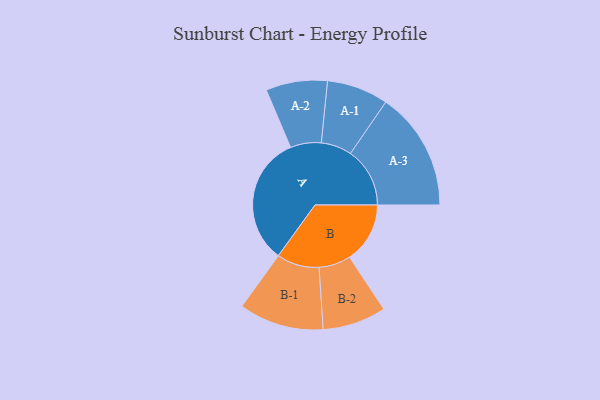
{"axis": {"x": "Segment", "y": "Value"}, "legend": ["", "A", "B"], "data": [{"x": "A", "y": 489, "type": ""}, {"x": "B", "y": 228, "type": ""}, {"x": "A-1", "y": 116, "type": "A"}, {"x": "A-2", "y": 116, "type": "A"}, {"x": "A-3", "y": 224, "type": "A"}, {"x": "B-1", "y": 160, "type": "B"}, {"x": "B-2", "y": 120, "type": "B"}]}